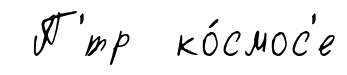
П'́тр ко́смос'е